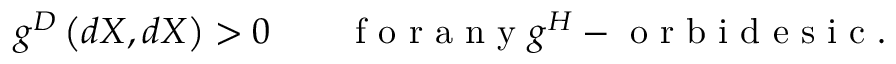
g ^ { D } \left( d X , d X \right) > 0 \qquad \textrm { f o r a n y } g ^ { H } - \textrm { o r b i d e s i c } .